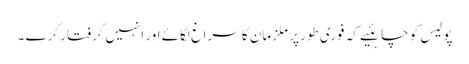
پولیس کو چاہئیے کہ فوری طور پر ملزمان کا سراغ لگائے اور انہیں گرفتار کرے ۔